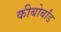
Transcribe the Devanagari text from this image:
कीबोर्बांड